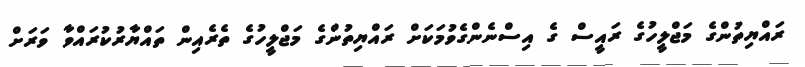
ރައްޔިތުންގެ މަޖްލީހުގެ ރައީސް ގެ އިސްނެންގެވުމަކަށް ރައްޔިތުންގެ މަޖްލީހުގެ ތެރެއިން ތައްޔާރުކުރައްވާ ވަރަށް